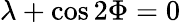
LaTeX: \lambda+\cos{2\Phi}=0